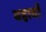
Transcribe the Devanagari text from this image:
बहावों